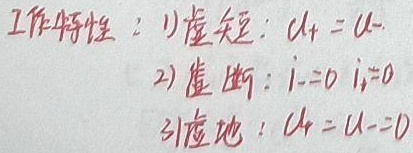
工作特性：
1) 虚短：\(u_{+} = u_{-}\)
2) 虚断：\(i_{+}=0\)，\(i_{-}=0\)
3) 虚地：\(u_{+} = u_{-}=0\)